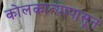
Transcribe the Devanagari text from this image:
कोलकात्यापासून